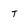
Character: t